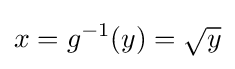
x=g^{-1}(y)={\sqrt {y}}